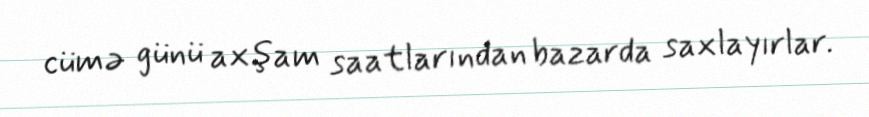
cümə günü axşam saatlarından bazarda saxlayırlar.